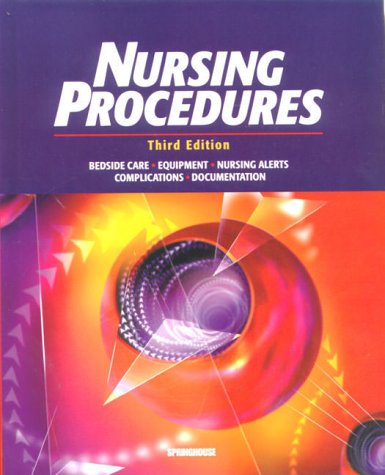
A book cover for Nursing Procedures; Springhouse Publishing; Medical Books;